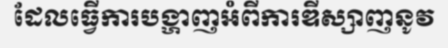
ដែលធ្វើការបង្ហាញអំពីការឌីស្សាញនូវ